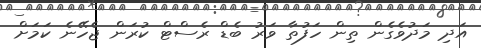
އަދި މަދުވެގެން ތިން ހަފުތާ ވަރު ބެޑް ރެސްޓް ކުރަން ޖެހޭނެ ކަމަށް